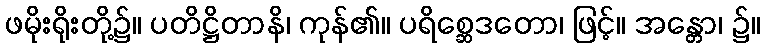
ဖမိုးရိုးတို့၌။ ပတိဋ္ဌိတာနိ၊ ကုန်၏။ ပရိစ္ဆေဒတော၊ ဖြင့်။ အန္တော၊ ၌။